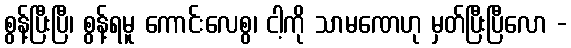
စွန့်ပြီးပြီ၊ စွန့်ရမူ ကောင်းလေစွ၊ ငါ့ကို သာမဏေဟု မှတ်ပြီးပြီလော -